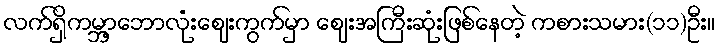
လက်ရှိကမ္ဘာ့ဘောလုံးဈေးကွက်မှာ ဈေးအကြီးဆုံးဖြစ်နေတဲ့ ကစားသမား(၁၁)ဦး။